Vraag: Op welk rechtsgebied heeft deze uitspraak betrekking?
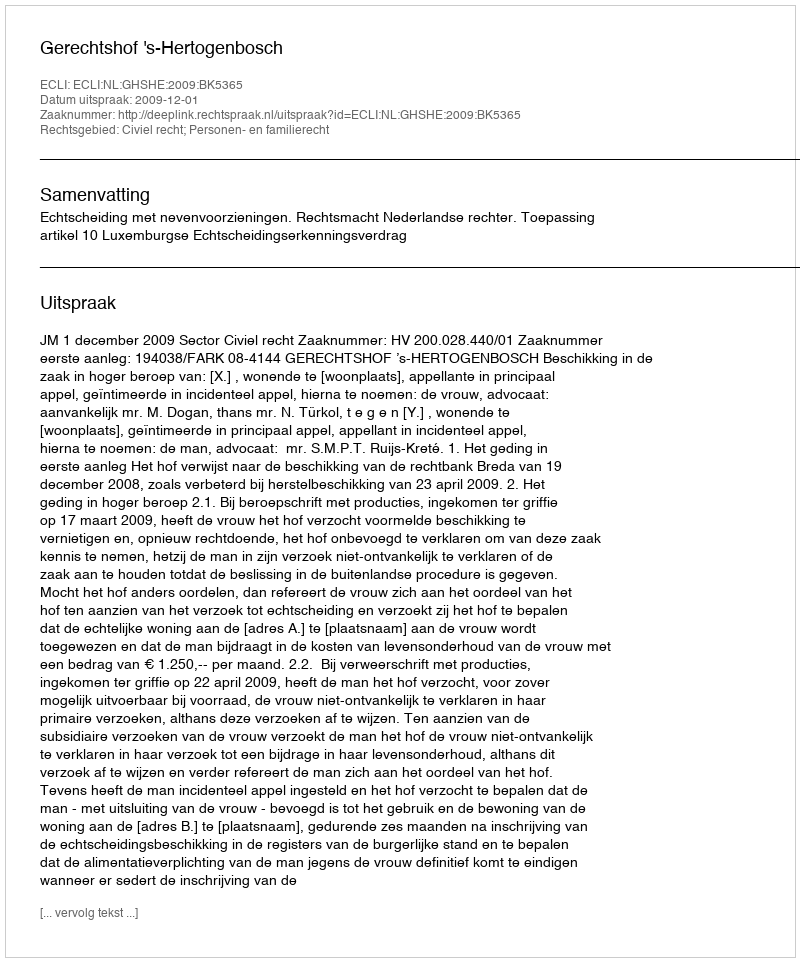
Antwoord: Civiel recht; Personen- en familierecht